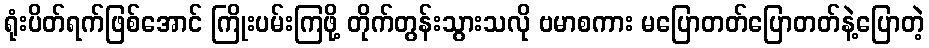
ရုံးပိတ်ရက်ဖြစ်အောင် ကြိုးပမ်းကြဖို့ တိုက်တွန်းသွားသလို ဗမာစကား မပြောတတ်ပြောတတ်နဲ့ပြောတဲ့